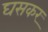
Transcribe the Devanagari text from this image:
घसकर